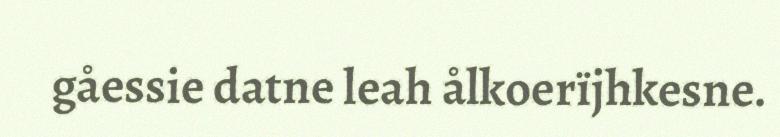
gåessie datne leah ålkoerïjhkesne.